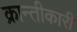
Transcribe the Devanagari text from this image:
क्रान्तीकारी